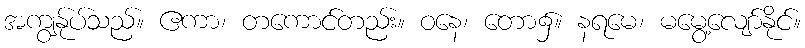
အကျွန်ုပ်သည်။ ဧကာ၊ တကောင်တည်း။ ဝနေ၊ တော၌။ နရမေ၊ မမွေ့လျော်နိုင်။